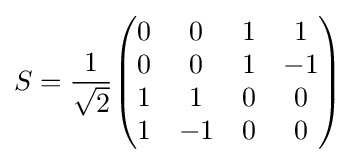
S={\frac {1}{\sqrt {2}}}{\begin{pmatrix}0&0&1&1\\0&0&1&-1\\1&1&0&0\\1&-1&0&0\end{pmatrix}}